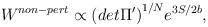
LaTeX: \begin{align*}W^{non-pert} \propto {(det \Pi^{\prime})}^{1/N} e^{3S/2b},\end{align*}